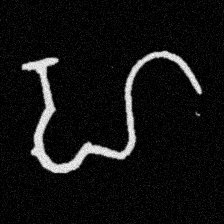
Pyu character \u2014 Myanmar letter: ဟ (romanized: ha)